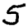
Digit: 5